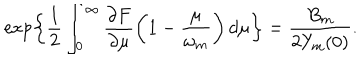
\exp \left\{ \frac { 1 } { 2 } \int _ { 0 } ^ { \infty } \frac { \partial F } { \partial \mu } \left( 1 - \frac { \mu } { \omega _ { m } } \right) d \mu \right\} = \frac { B _ { m } } { 2 Y _ { m } ( 0 ) } .